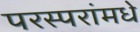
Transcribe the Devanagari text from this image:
परस्‍परांमधे